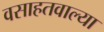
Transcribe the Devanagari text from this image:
वसाहतवाल्या